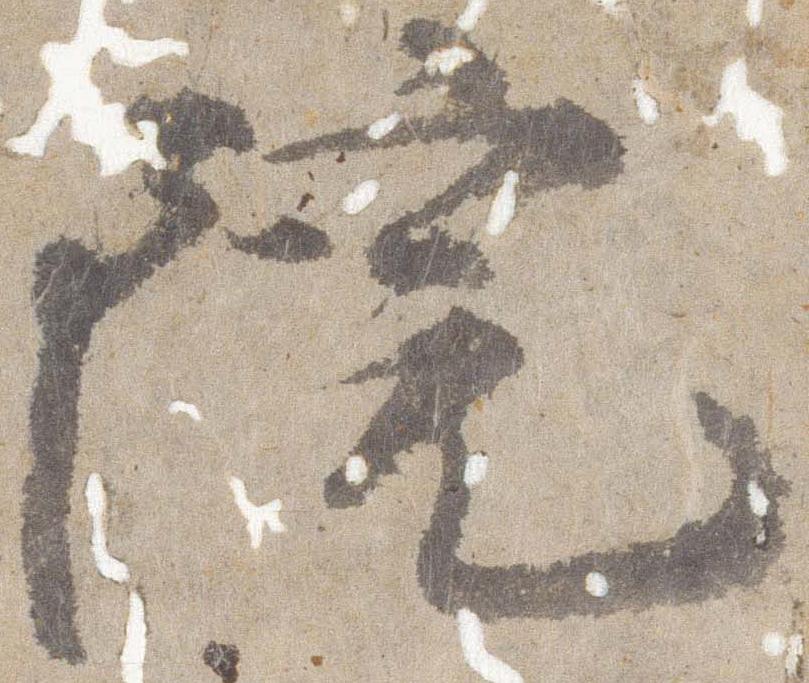
院